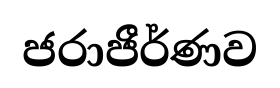
ජරාජීර්ණව